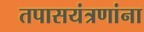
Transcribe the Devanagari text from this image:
तपासयंत्रणांना